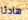
هادئا